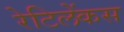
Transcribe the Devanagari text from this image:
रेटिलेंकस